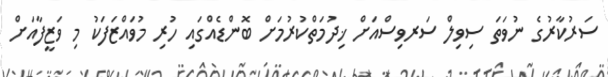
ސަރުކާރުގެ ނުވަތަ ސިވިލް ސަރވިސްއަށް ޚިދުމަތްކުރުމަށް ބޮންޑެއްގައި ހުރި މުވައްޒަފަކު މި ވަޒީފާއަށް